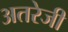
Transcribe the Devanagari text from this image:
अतरेजी